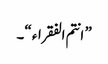
” انتم الفقراء “۔